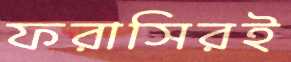
ফরাসিরই